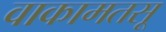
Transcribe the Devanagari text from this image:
वाकामतसू